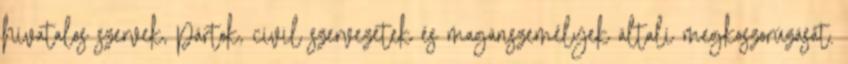
hivatalos szervek, pártok, civil szervezetek és magánszemélyek általi megkoszorúzását.